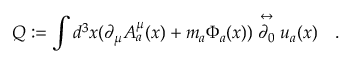
Q : = \int d ^ { 3 } x ( \partial _ { \mu } A _ { a } ^ { \mu } ( x ) + m _ { a } \Phi _ { a } ( x ) ) \stackrel { \leftrightarrow } { \partial _ { 0 } } u _ { a } ( x ) \quad .